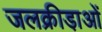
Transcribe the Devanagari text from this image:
जलक्रीडा़ओं